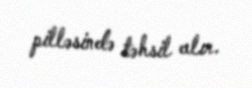
pilləsində təhsil alır.